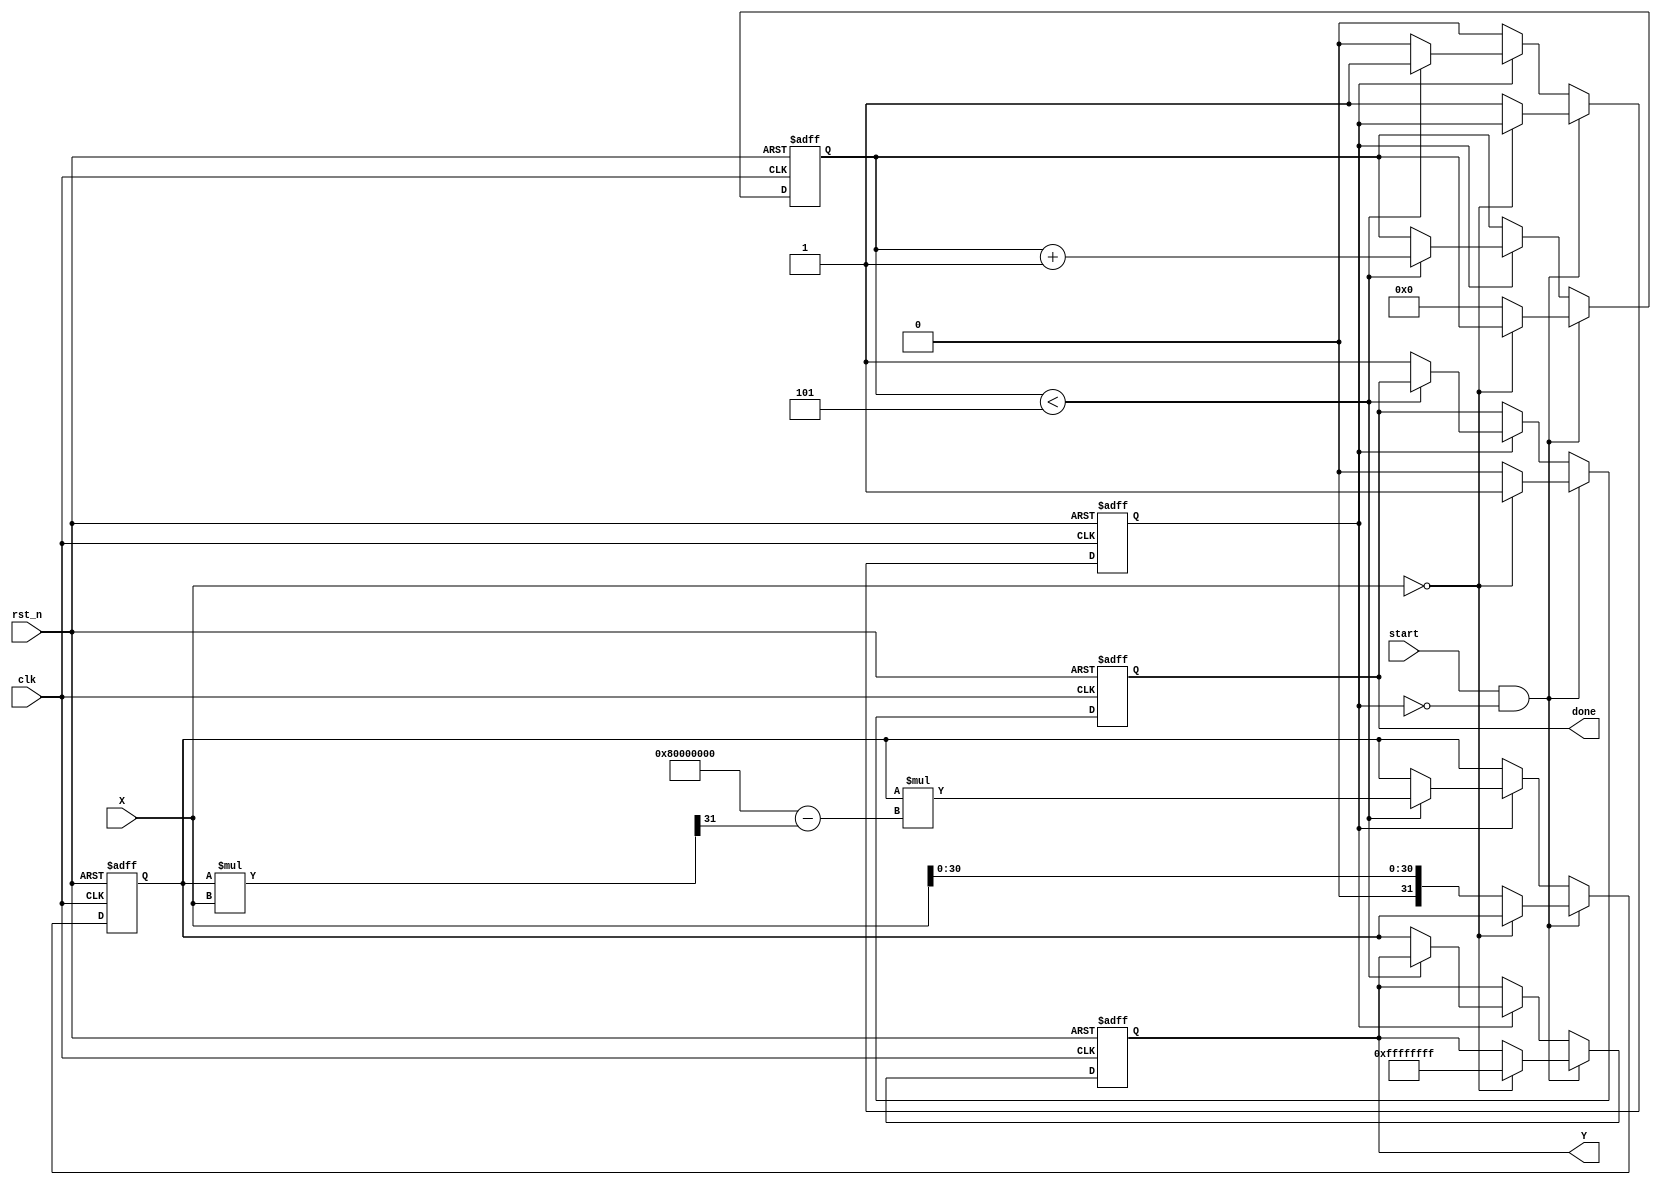
module DirectReciprocalUnit (
    input wire clk,
    input wire rst_n,
    input wire start,
    input wire [31:0] X, // Fixed-point input (32-bit)
    output reg [31:0] Y, // Reciprocal output (32-bit)
    output reg done
);

    reg [31:0] reciprocal_approx;
    reg [4:0] iteration_count; // Limit iterations for Newton-Raphson
    reg computing;

    // Constants
    localparam MAX_ITERATIONS = 5;
    localparam ZERO = 32'h00000000;

    // State machine for processing
    always @(posedge clk or negedge rst_n) begin
        if (!rst_n) begin
            Y <= 32'h00000000;
            done <= 1'b0;
            reciprocal_approx <= 32'h00000000;
            iteration_count <= 5'b0;
            computing <= 1'b0;
        end else begin
            if (start && !computing) begin
                // Pre-processing logic
                if (X == ZERO) begin
                    Y <= 32'hFFFFFFFF; // Handle zero input (reciprocal of zero is infinity)
                    done <= 1'b1;
                end else begin
                    // Initialize reciprocal approximation (1/X)
                    reciprocal_approx <= {1'b0, X[30:0]}; // Initial approximation
                    iteration_count <= 5'b0;
                    computing <= 1'b1;
                    done <= 1'b0;
                end
            end else if (computing) begin
                // Newton-Raphson Iteration
                if (iteration_count < MAX_ITERATIONS) begin
                    reciprocal_approx <= reciprocal_approx * (32'h80000000 - (reciprocal_approx * X >> 31)); // 1.5 * approx - approx * approx * X
                    iteration_count <= iteration_count + 1;
                end else begin
                    Y <= reciprocal_approx; // Final result after iterations
                    done <= 1'b1;
                    computing <= 1'b0;
                end
            end
        end
    end
endmodule